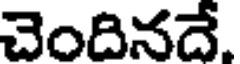
చెందినదే.